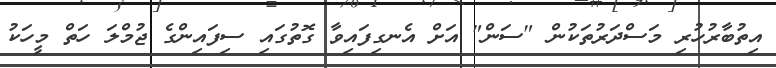
އިތުބާރުހުރި މަސްދަރުތަކުން "ސަން" އަށް އެނގިފައިވާ ގޮތުގައި ސިފައިންގެ ޖުމްލަ ހަތް މީހަކު